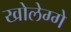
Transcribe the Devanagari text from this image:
खोलेग्गे